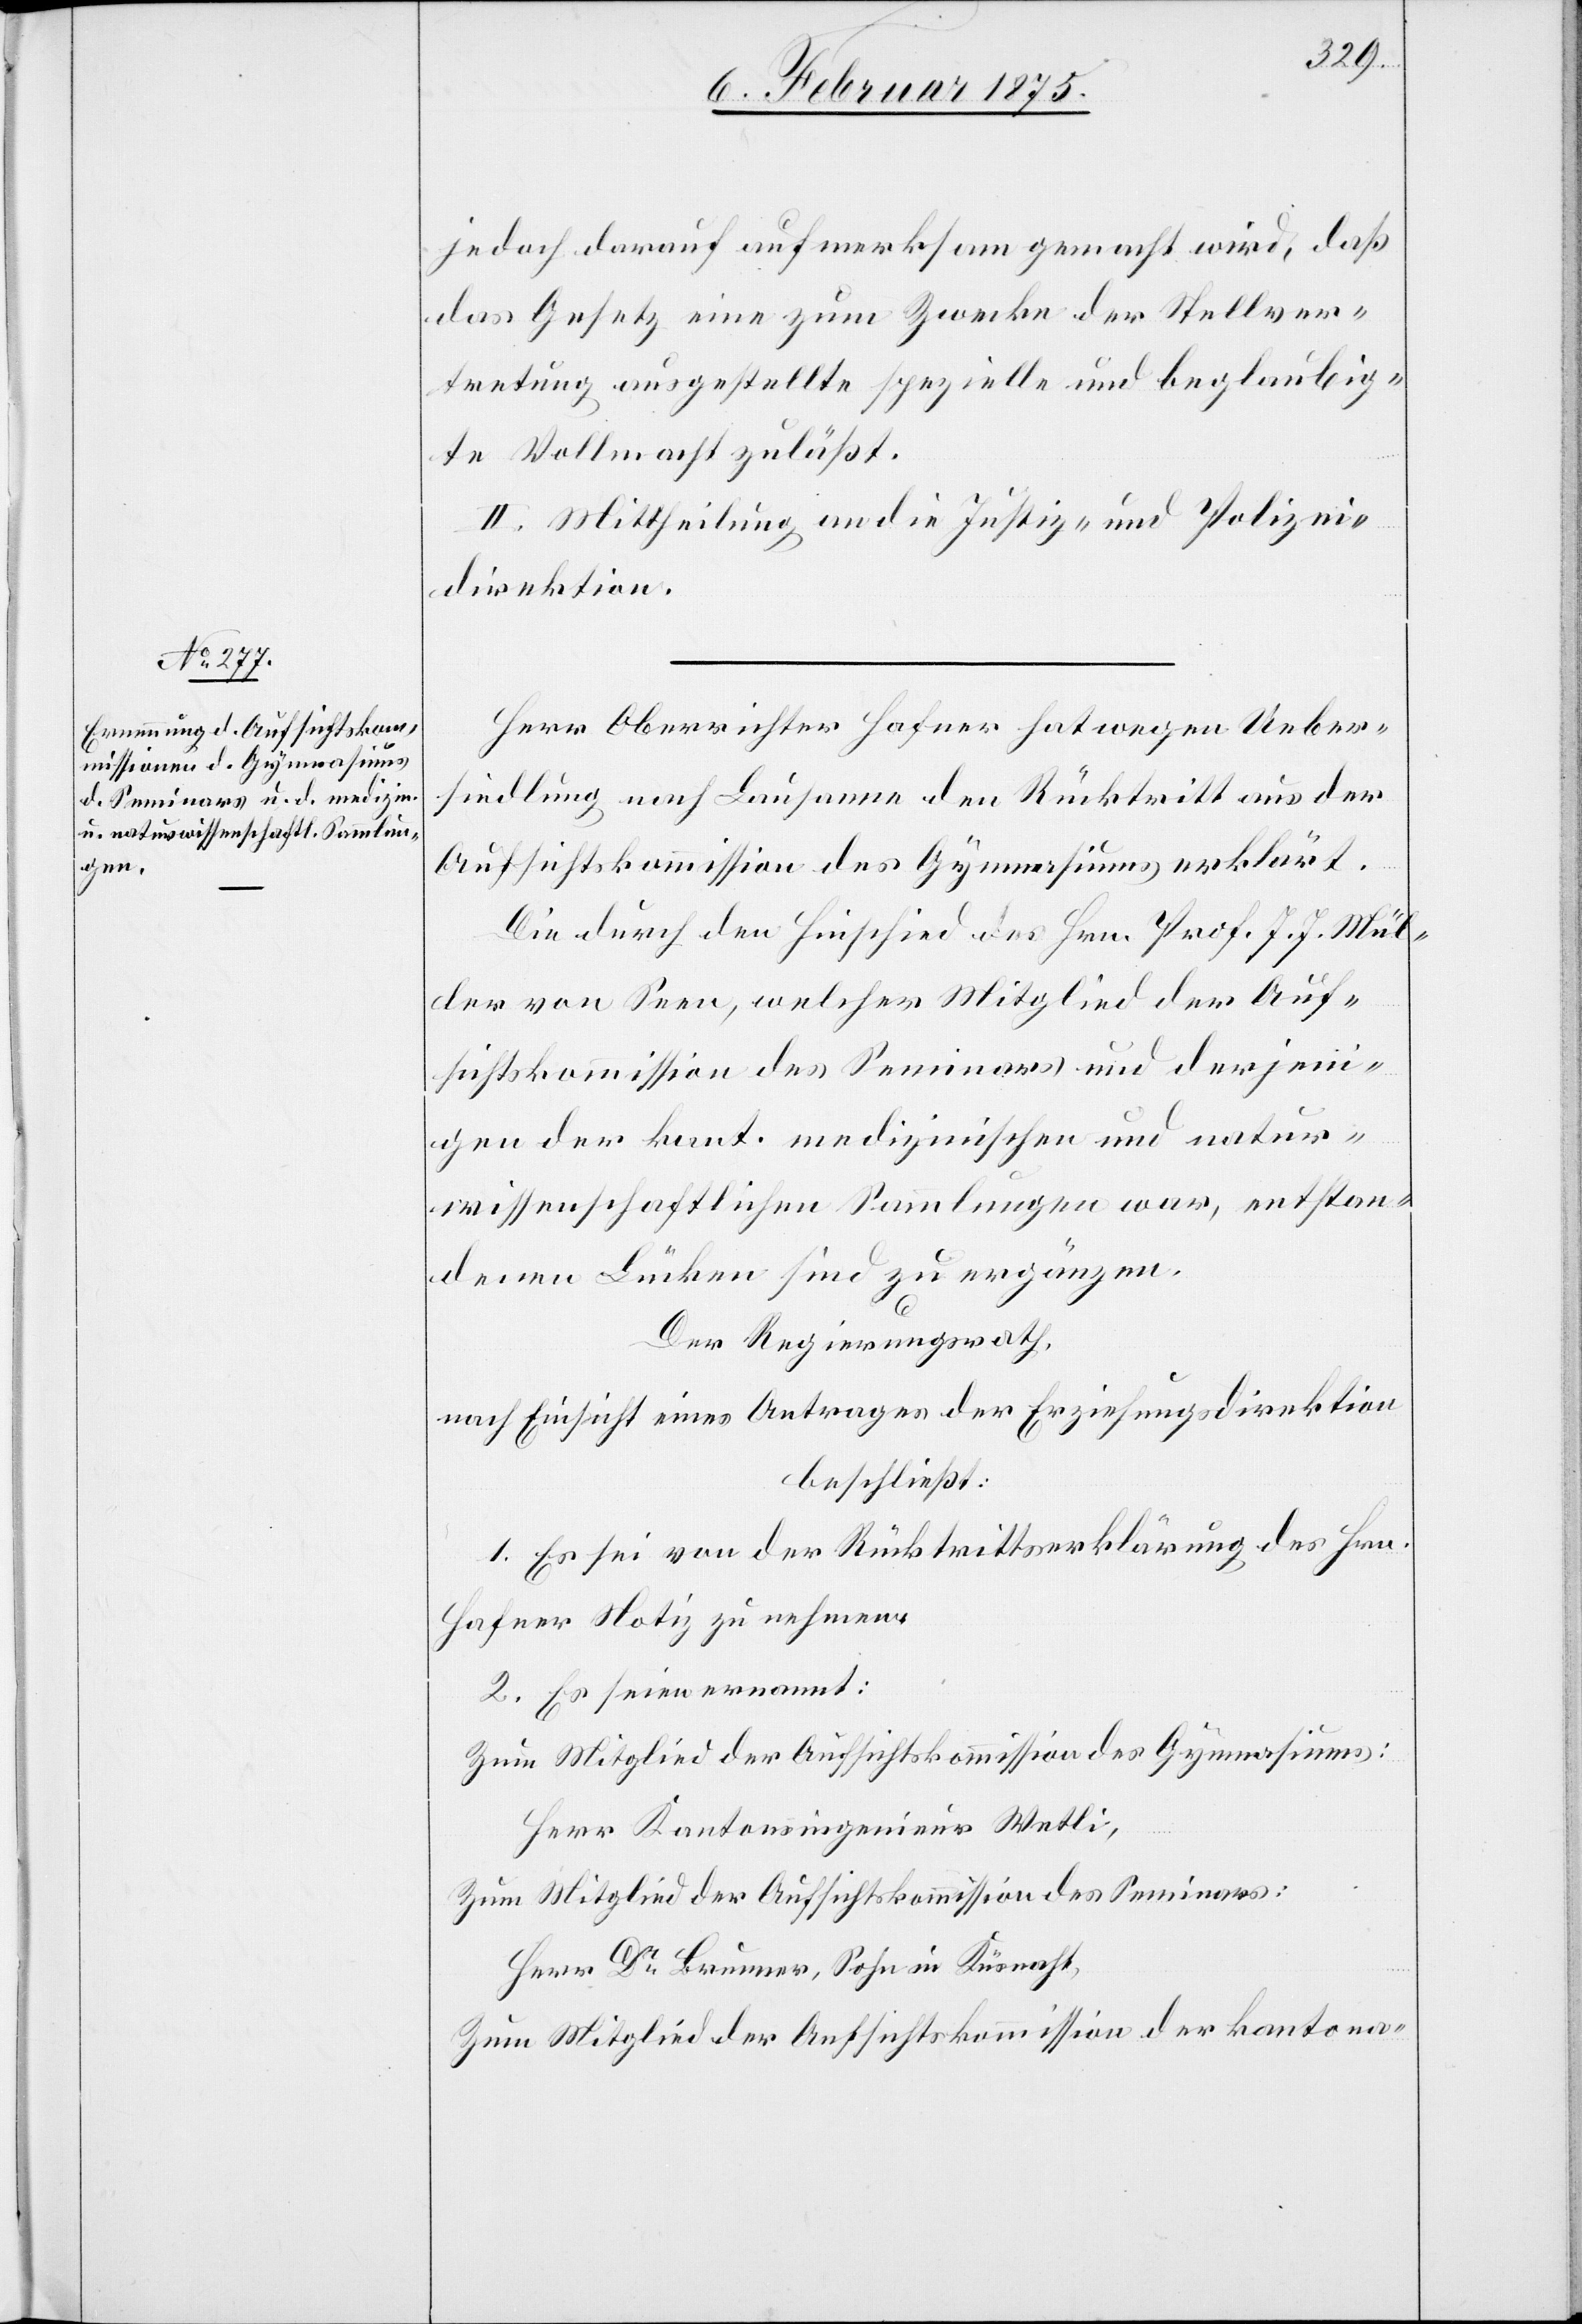
jedoch darauf aufmerksam gemacht wird, daß
das Gesetz eine zum Zwecke der Stellver¬
tretung ausgestellte spezielle und beglaubig¬
te Vollmacht zuläßt.
II. Mittheilung an die Justiz- und Polizei¬
direktion.
Herr Oberrichter Hafner hat wegen Ueber¬
siedlung nach Lausanne den Rücktritt aus der
Aufsichtskommission des Gymnasiums erklärt.
Die durch den Hinschied des Hrn. Prof. J. J. Mül¬
ler von Seen, welcher Mitglieder der Auf¬
sichtskommission des Seminars und derjeni¬
gen der kant. medizinischen und natur¬
wissenschaftlichen Sammlungen war, entstan¬
denen Lücken sind zu ergänzen.
Der Regierungsrath,
nach Einsicht eines Antrages der Erziehungsdirektion
beschließt:
1. Es sei von der Rücktrittserklärung des Hrn.
Hafner Notiz zu nehmen.
2. Es seien ernannt:
Zum Mitglied der Aufsichtskommission des Gymnasiums:
Herr Kantonsingenieur Wetli,
Zum Mitglied der Aufsichtskommission des Seminars:
Herr Dr Brunner, Sohn in Küsnacht,
Zum Mitglied der Aufsichtskommission der kantona-